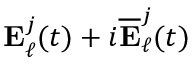
\mathbf { E } _ { \ell } ^ { j } ( t ) + i \overline { { \mathbf { E } } } _ { \ell } ^ { j } ( t )